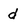
Character: d